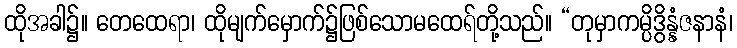
ထိုအခါ၌။ တေထေရာ၊ ထိုမျက်မှောက်၌ဖြစ်သောမထေရ်တို့သည်။ “တုမှာကမ္ပိဒွိန္နံဇနာနံ၊